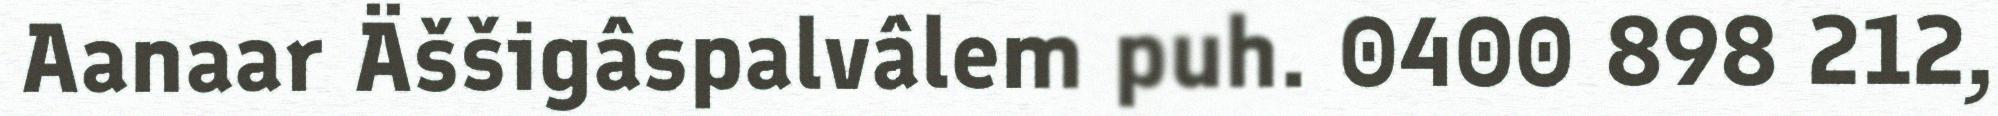
Aanaar Äššigâspalvâlem puh. 0400 898 212,